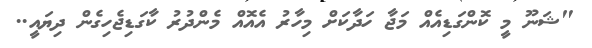
"ޝަނޫ މީ ކޮންގަޑިއެއް މަޖާ ހަދާކަށް މިހާރު އެއޮއް މެންދުރު ކާގަޑިޖެހިގެން ދިޔައީ..